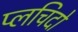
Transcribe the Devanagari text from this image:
प्लचिदो